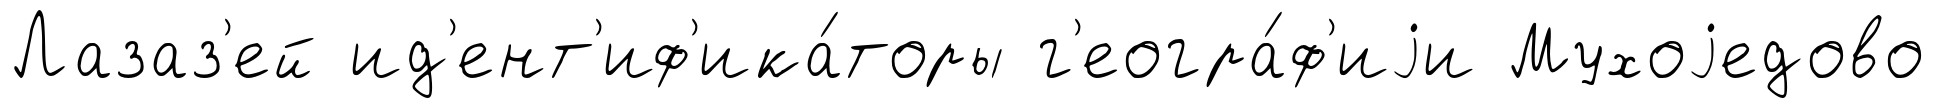
Лазаз'ей ид'ент'иф'ика́торы г'еогра́ф'иjи Мухоjедово